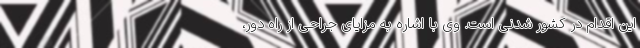
این اقدام در کشور شدنی است. وی با اشاره به مزایای جراحی از راه دور،